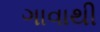
ગાવાથી